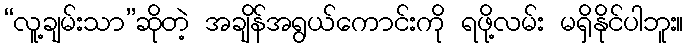
“လူ့ချမ်းသာ”ဆိုတဲ့ အချိန်အရွယ်ကောင်းကို ရဖို့လမ်း မရှိနိုင်ပါဘူး။